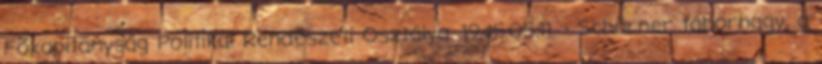
Fõkapitányság Politikai Rendészeti Osztálya. 1945.05.11. - Schörner tábornagy, a